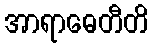
အာရာဓေတီတိ